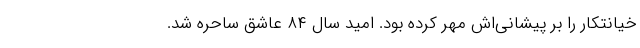
خیانتکار را بر پیشانی‌اش مُهر کرده بود. امید سال ۸۴ عاشق ساحره شد.